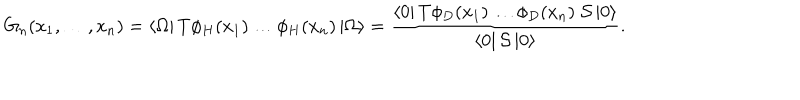
G _ { n } ( x _ { 1 } , \dots , x _ { n } ) = \left< \Omega \right| T \phi _ { H } ( x _ { 1 } ) \dots \phi _ { H } ( x _ { n } ) \left| \Omega \right> = \frac { \left< 0 \right| T \phi _ { D } ( x _ { 1 } ) \dots \phi _ { D } ( x _ { n } ) \; { \cal { S } } \left| 0 \right> } { \left< 0 \right| { \cal { S } } \left| 0 \right> } .